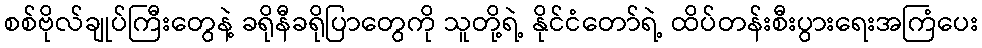
စစ်ဗိုလ်ချုပ်ကြီးတွေနဲ့ ခရိုနီခရိုပြာတွေကို သူတို့ရဲ့ နိုင်ငံတော်ရဲ့ ထိပ်တန်းစီးပွားရေးအကြံပေး